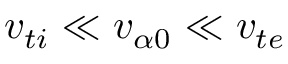
v _ { t i } \ll v _ { \alpha 0 } \ll v _ { t e }